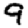
Digit: 9